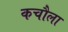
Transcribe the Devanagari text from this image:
कचौला